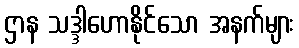
ဌာန သဒ္ဒါဟောနိုင်သော အနက်များ